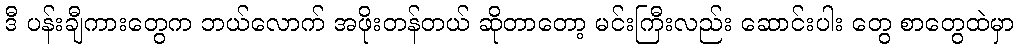
ဒီ ပန်းချီကားတွေက ဘယ်လောက် အဖိုးတန်တယ် ဆိုတာတော့ မင်းကြီးလည်း ဆောင်းပါး တွေ စာတွေထဲမှာ